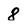
Character: 8